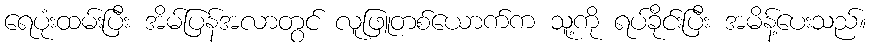
ရေပုံးထမ်းပြီး အိမ်ပြန်အလာတွင် လူဖြူတစ်ယောက်က သူ့ကို ရပ်ခိုင်းပြီး အမိန့်ပေးသည်။